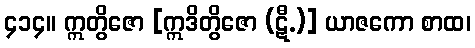
၄၁၄။ ဣတွိဇော [ဣဒိတွိဇော (ဋီ.)] ယာဇကော စာထ၊